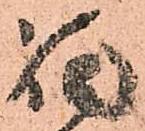
福